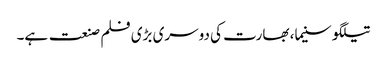
تیلگو سنیما، بھارت کی دوسری بڑی فلم صنعت ہے۔